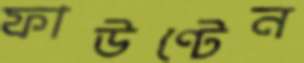
ফাউণ্টেন